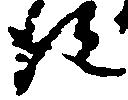
得